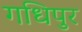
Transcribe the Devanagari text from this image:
गधिपुर